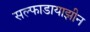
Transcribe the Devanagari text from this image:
सल्फाडायाझीन